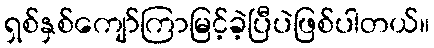
ရှစ်နှစ်ကျော်ကြာမြင့်ခဲ့ပြီပဲဖြစ်ပါတယ်။